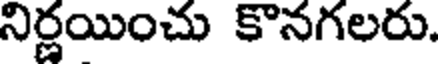
నిర్ణయించు కొనగలరు.